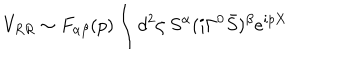
V _ { R R } \sim F _ { \alpha \beta } ( p ) \int d ^ { 2 } \zeta \ S ^ { \alpha } ( i \Gamma ^ { 0 } { \bar { S } } ) ^ { \beta } e ^ { i p X }